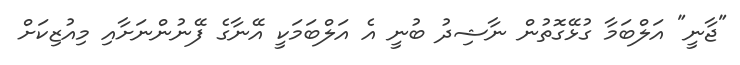
"ޖާނީ" އަލްބަމާ ގުޅޭގޮތުން ނާޝިދު ބުނީ އެ އަލްބަމަކީ އޭނާގެ ފޭނުންނަށާއި މިއުޒިކަށް